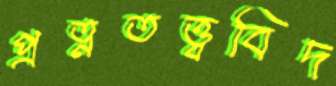
প্রত্নতত্ত্ববিদ